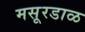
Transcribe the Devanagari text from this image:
मसूरडाळ